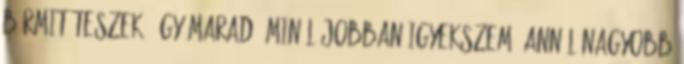
Bármit teszek, így marad. Minél jobban igyekszem, annál nagyobb